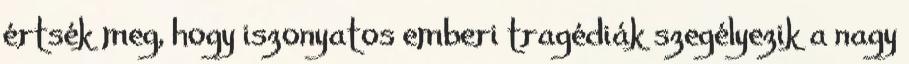
értsék meg, hogy iszonyatos emberi tragédiák szegélyezik a nagy